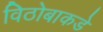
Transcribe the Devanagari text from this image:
विठोबाकडे